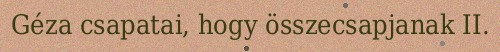
Géza csapatai, hogy összecsapjanak II.